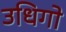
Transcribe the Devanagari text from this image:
उधिगो